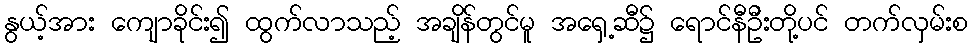
နွယ့်အား ကျောခိုင်း၍ ထွက်လာသည့် အချိန်တွင်မူ အရှေ့ဆီ၌ ရောင်နီဦးတို့ပင် တက်လှမ်းစ